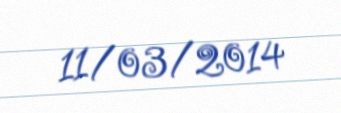
11/03/2014